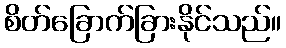
စိတ်ခြောက်ခြားနိုင်သည်။